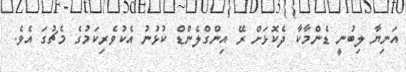
އަނިޔާ ލިބުނީ ޑެންމާކާ ދެކޮޅަށް ރޭ އިންގްލެންޑް ކުޅުނު އެކުވެރިކަމުގެ މެޗުގަ އެވެ.